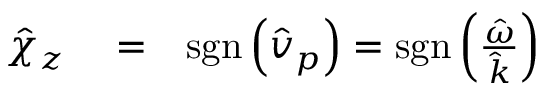
\begin{array} { r l r } { \hat { \chi } _ { z } } & { { } = } & { \mathrm { s g n } \left( \hat { v } _ { p } \right) = \mathrm { s g n } \left( \frac { \hat { \omega } } { \hat { k } } \right) } \end{array}